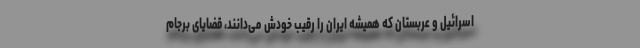
اسرائیل و عربستان که همیشه ایران را رقیب خودش می‌دانند، قضایای برجام